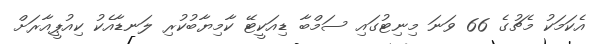
އެކަމަކު މެޗުގެ 66 ވަނަ މިނިޓުގައި ސަމްބާ ޑިއަކީޓޭ ކާމިޔާބުކުރި ލަނޑާއެކު ކިއުޕީއާރަށް